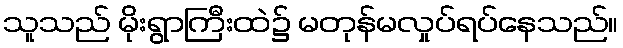
သူသည် မိုးရွာကြီးထဲ၌ မတုန်မလှုပ်ရပ်နေသည်။